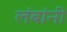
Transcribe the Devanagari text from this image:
लंबांनी